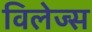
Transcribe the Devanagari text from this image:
विलेज्स